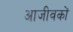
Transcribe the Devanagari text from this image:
आजीवकों